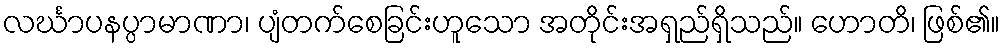
လင်္ဃာပနပ္ပာမာဏာ၊ ပျံတက်စေခြင်းဟူသော အတိုင်းအရှည်ရှိသည်။ ဟောတိ၊ ဖြစ်၏။